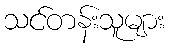
သင်တန်းသူများ